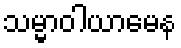
သမ္မာဝါယာမေန